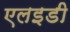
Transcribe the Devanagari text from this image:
एलइडी